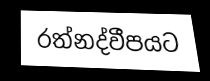
රත්නද්වීපයට